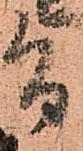
旨